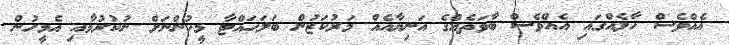
އެއްވެސް ހާލެއްގައި އެއްވެސް ބާވަތެއްގެ އަނިޔާއެއް މަރުކަޒުން ބަލަހައްޓާ މީހުންނަށް ނުކުރުމާއި އެމީހުން